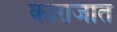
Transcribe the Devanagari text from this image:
काग़जात